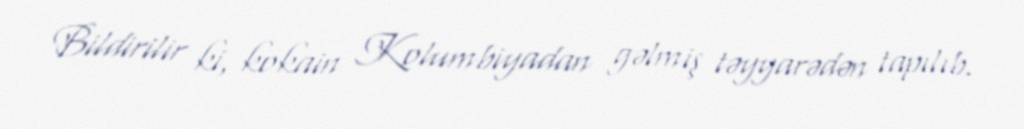
Bildirilir ki, kokain Kolumbiyadan gəlmiş təyyarədən tapılıb.